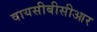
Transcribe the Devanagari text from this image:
वायसीबीसीआर